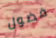
فضول